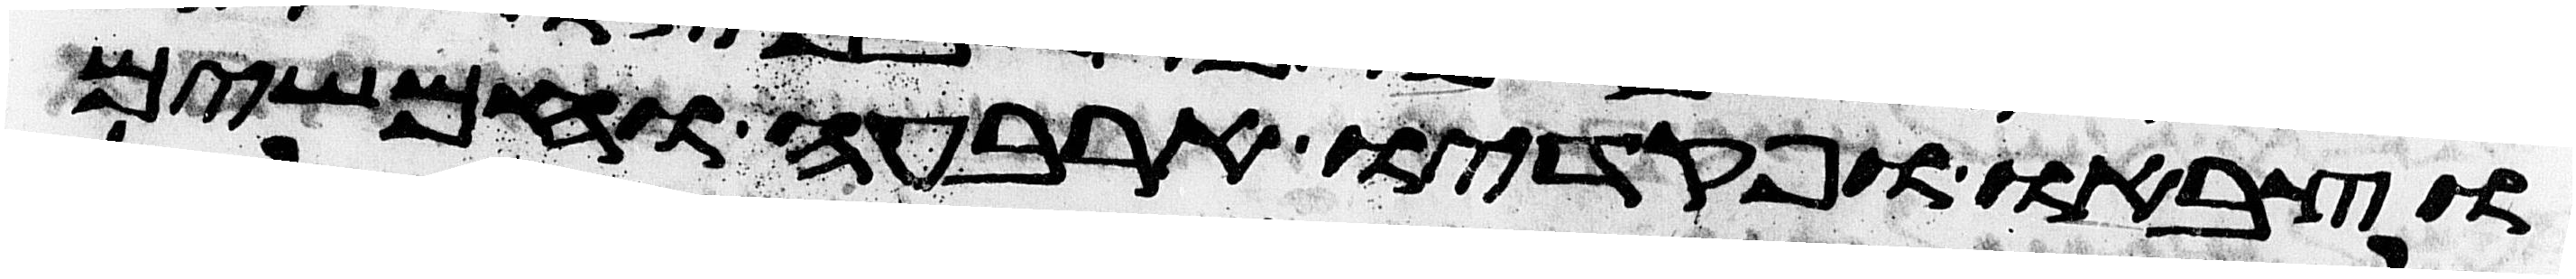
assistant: וצבאו ופקדיו ארבעה וחמשים